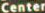
Center